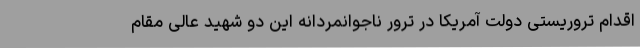
اقدام تروریستی دولت آمریکا در ترور ناجوانمردانه این دو شهید عالی مقام